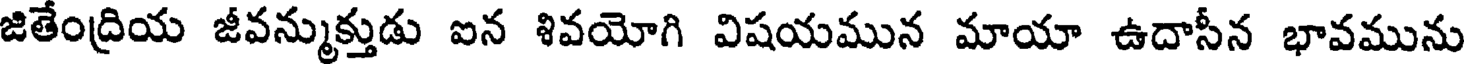
జితేంద్రియ జీవన్ముక్తుడు ఐన శివయోగి విషయమున మాయా ఉదాసీన భావమును